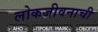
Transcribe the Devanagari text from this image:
लोकजीवनाची